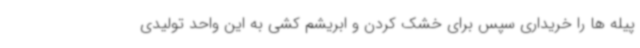
پیله ها را خریداری سپس برای خشک کردن و ابریشم کشی به این واحد تولیدی